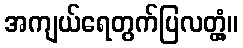
အကျယ်ရေတွက်ပြလတ္တံ့။